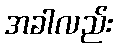
အခါလည်း